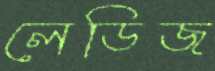
লেডিজ